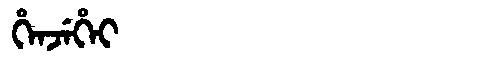
Manchu: ᡥᡝᠨᠵᡝᡥᡝᡳ
Romanization: HENJEHEI